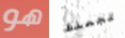
هو تجعلك